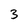
Character: 3